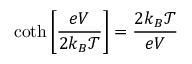
\coth \left[ \frac { e V } { 2 k _ { B } \mathcal { T } } \right] = \frac { 2 k _ { B } \mathcal { T } } { e V }